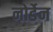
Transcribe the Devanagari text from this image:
नोर्डेन